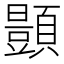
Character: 𫖥